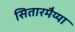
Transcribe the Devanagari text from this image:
सितारमैय्या